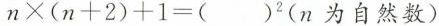
$$n×(n+2)+1=( )^{2}$$(n为自然数)